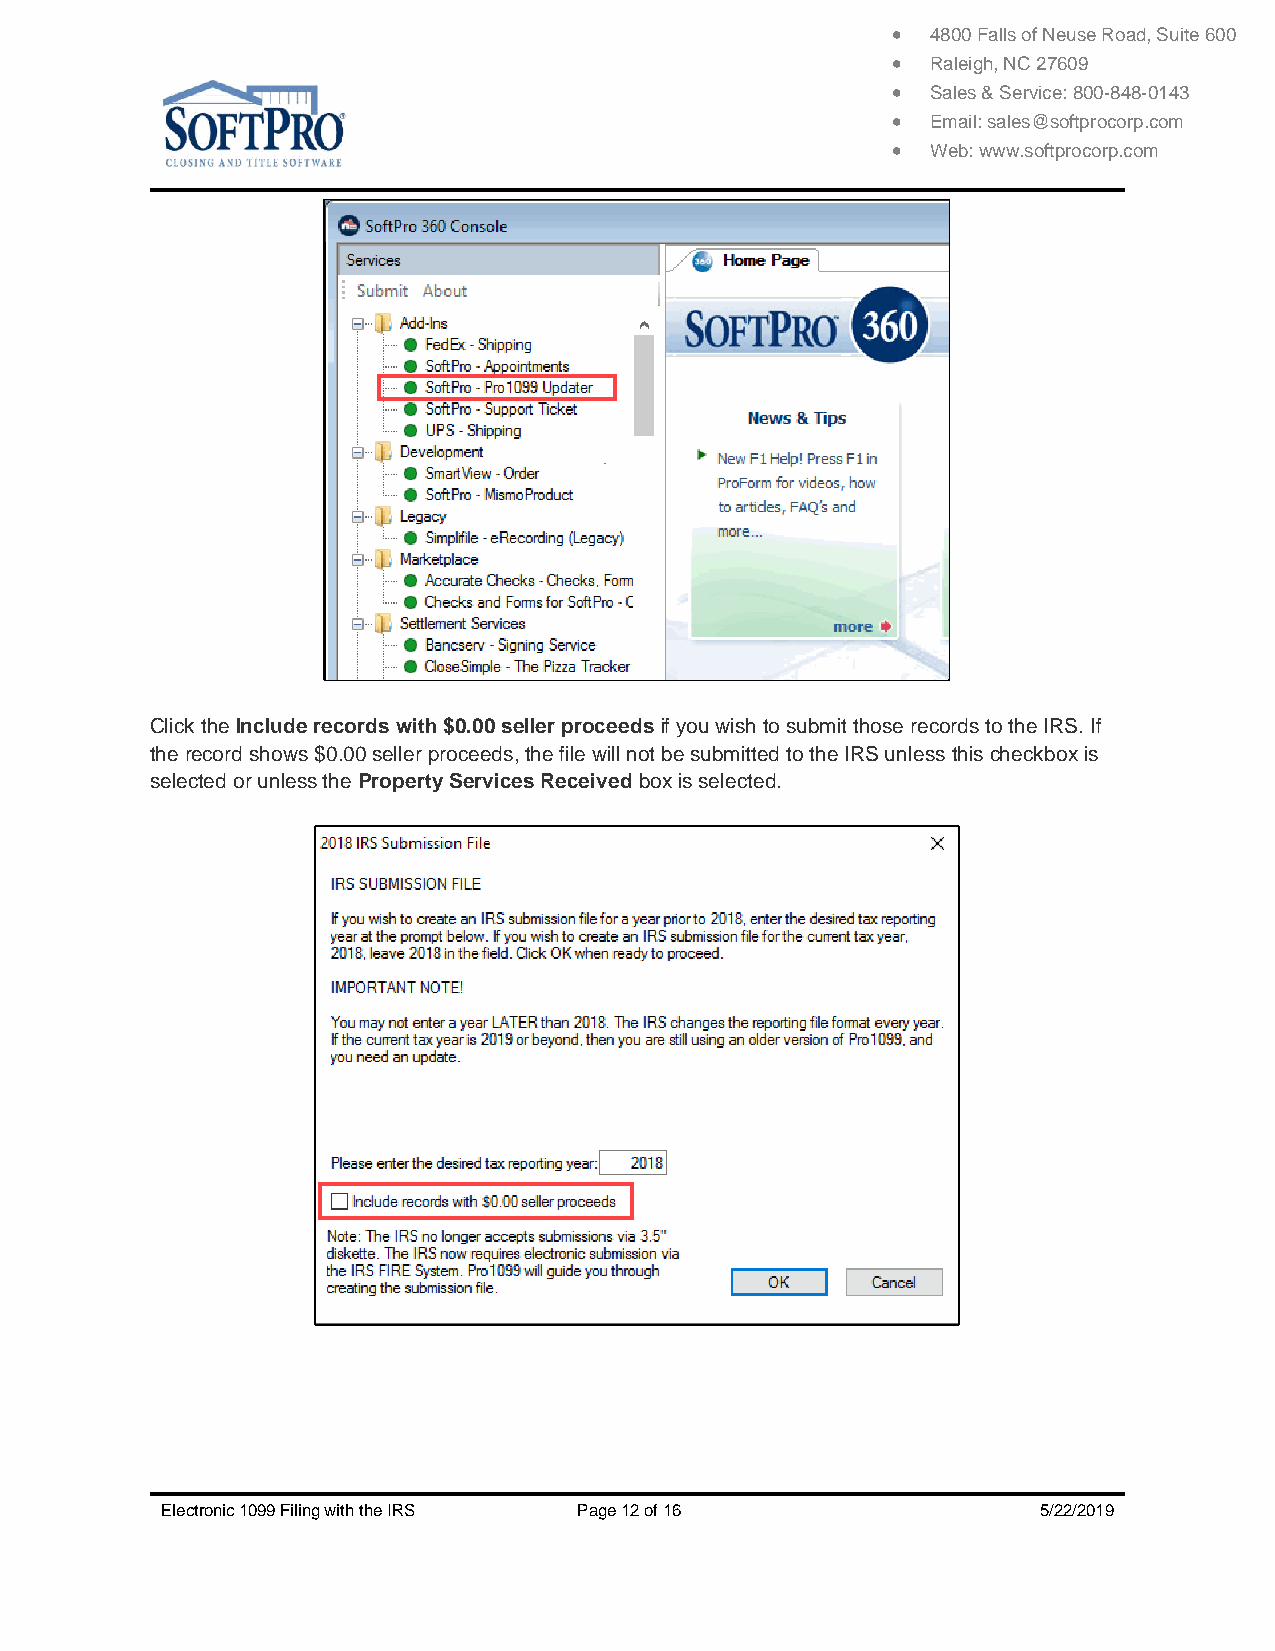
  4800 Falls of Neuse Road, Suite 600
   Raleigh, NC 27609
   Sales & Service: 800-848-0143
   Email: sales@softprocorp.com
   Web: www.softprocorp.com
 Click the Include records with $0.00 seller proceeds if you wish to submit those records to the IRS. If
 the record shows $0.00 seller proceeds, the file will not be submitted to the IRS unless this checkbox is
 selected or unless the Property Services Received box is selected.
 Electronic 1099 Filing with the IRS Page 12 of 16         5/22/2019